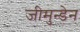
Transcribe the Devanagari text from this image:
जीमुन्डेन